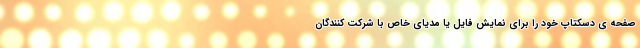
صفحه ی دسکتاپ خود را برای نمایش فایل یا مدیای خاص با شرکت کنندگان